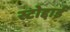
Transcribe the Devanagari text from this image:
स्टोद्दार्ड